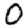
Digit: 0